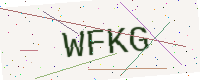
Text: WFKG